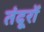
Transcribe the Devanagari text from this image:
तंदूरों